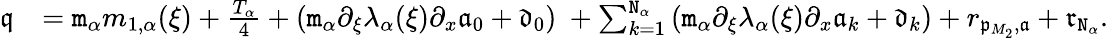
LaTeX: \begin{array}{rl}{\mathfrak{q}}&{=\mathtt{m}_{\alpha}m_{1,\alpha}(\xi)+\frac{T_{\alpha}}4+\left(\mathtt{m}_{\alpha}\partial_{\xi}\lambda_{\alpha}(\xi)\partial_{x}\mathfrak{a}_{0}+\mathfrak{d}_{0}\right)\ +\sum_{k=1}^{\mathtt{N}_{\alpha}}\left(\mathtt{m}_{\alpha}\partial_{\xi}\lambda_{\alpha}(\xi)\partial_{x}\mathfrak{a}_{k}+\mathfrak{d}_{k}\right)+r_{\mathfrak{p}_{M_{2}},\mathfrak{a}}+\mathfrak{r}_{\mathtt{N}_{\alpha}}.}\end{array}